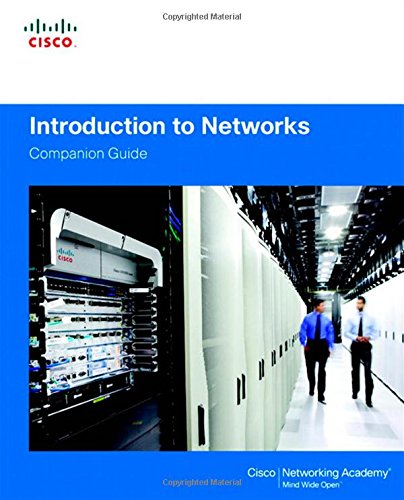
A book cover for Introduction to Networks Companion Guide; Cisco Networking Academy; Engineering & Transportation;